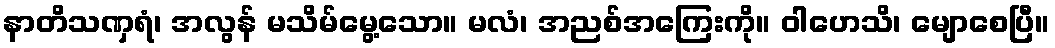
နာတိသဏှရံ၊ အလွန် မသိမ်မွေ့သော။ မလံ၊ အညစ်အကြေးကို။ ဝါဟေသိ၊ မျောစေပြီ။